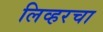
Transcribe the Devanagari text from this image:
लिव्हरचा